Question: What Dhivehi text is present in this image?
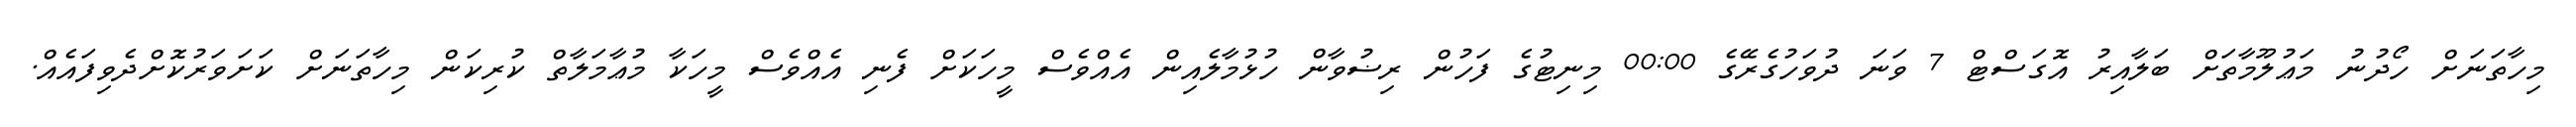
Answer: މިހާތަނަށް ހޯދުނު މަޢުލޫމާތަށް ބަލާއިރު އޮގަސްޓް 7 ވަނަ ދުވަހުގެރޭގެ 00:00 މިނިޓުގެ ފަހުން ރިޟުވާން ހުޅުމާލެއިން އެއްވެސް މީހަކަށް ފެނި އެއްވެސް މީހަކާ މުޢާމަލާތް ކުރިކަން މިހާތަނަށް ކަށަވަރުކޮށްދެވިފައެއް.